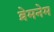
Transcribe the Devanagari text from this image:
व्रेमनेम